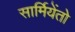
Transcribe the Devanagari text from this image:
सार्मियेंतो